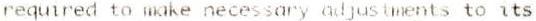
REQUIRED TO MAKE NECESSARY ADJUSTMENTS TO ITS